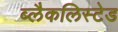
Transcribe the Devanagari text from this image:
ब्लैकलिस्टेड